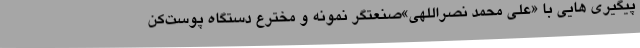
پیگیری هایی با «علی محمد نصراللهی»صنعتگر نمونه و مخترع دستگاه پوست‌کن